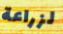
لزراعة